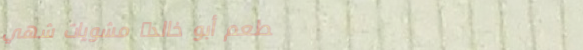
مطعم أبو خالد: مشويات شهي